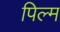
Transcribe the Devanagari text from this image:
पिल्म